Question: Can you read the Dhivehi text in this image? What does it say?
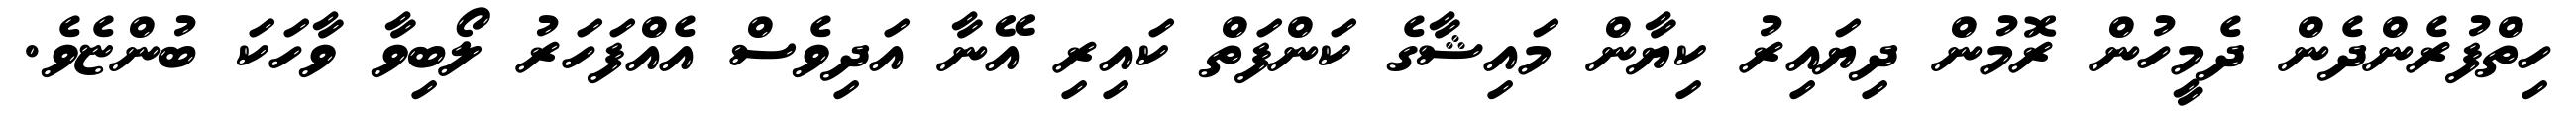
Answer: ހިތްފުރެންދެން ދެމީހުން ރޮމުން ދިޔައިރު ކިޔާން މައިޝާގެ ކަންފަތް ކައިރި އޭނާ އަދިވެސް އެއްފަހަރު ލޯބިވާ ވާހަކަ ބުންޏެވެ.